Scottish Leaving Certificate Examination, 1959
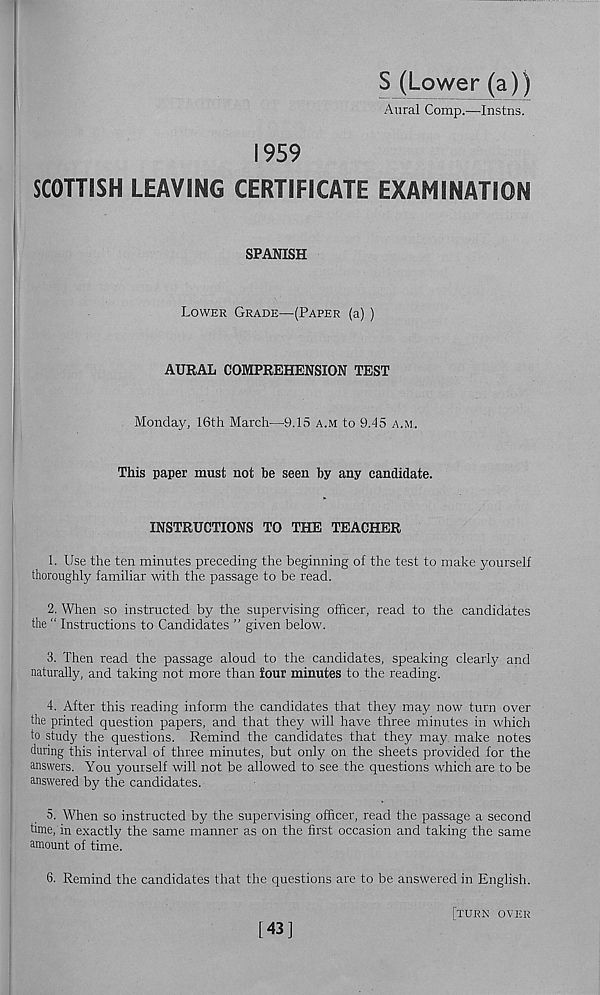
S (Lower (a))
Aural Comp.—Instns.
1959
SCOTTISH LEAVING CERTIFICATE EXAMINATION
SPANISH
Lower Grade—(Paper (a) )
AURAL COMPREHENSION TEST
Monday, 16th March—9.15 a.m to 9.45 a.m.
This paper must not be seen by any candidate.
INSTRUCTIONS TO THE TEACHER
1. Use the ten minutes preceding the beginning of the test to make yourself
thoroughly familiar with the passage to be read.
2. When so instructed by the supervising officer, read to the candidates
the “ Instructions to Candidates ” given below.
3. Then read the passage aloud to the candidates, speaking clearly and
naturally, and taking not more than four minutes to the reading.
4. After this reading inform the candidates that they may now turn over
the printed question papers, and that they will have three minutes in which
to study the questions. Remind the candidates that they may. make notes
during this interval of three minutes, but only on the sheets provided for the
answers. You yourself will not be allowed to see the questions which are to be
answered by the candidates.
5. When so instructed by the supervising officer, read the passage a second
time, in exactly the same manner as on the first occasion and taking the same
amount of time.
6. Remind the candidates that the questions are to be answered in English.
[turn over
[43]